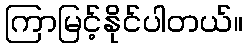
ကြာမြင့်နိုင်ပါတယ်။